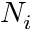
N _ { i }